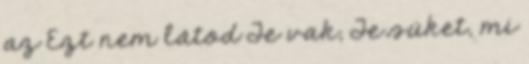
az Ezt nem látod Te vak, Te süket, mi